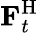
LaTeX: \mathbf{F}_{t}^{\mathrm{H}}